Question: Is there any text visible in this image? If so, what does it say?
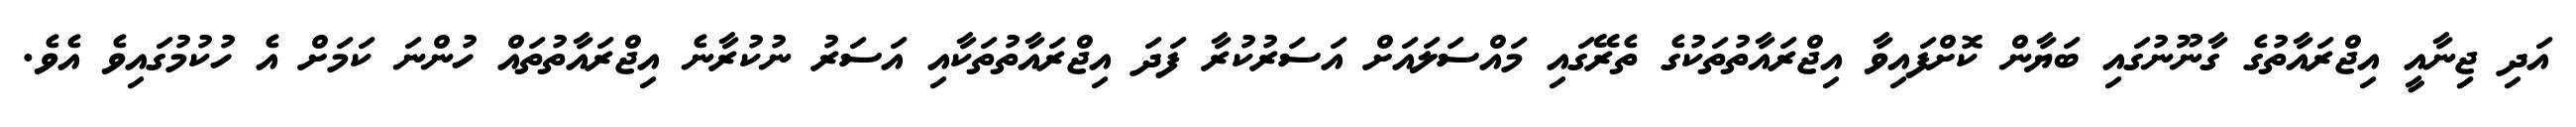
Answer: އަދި ޖިިނާއީ އިޖްރައާތުގެ ގާނޫނުގައި ބަޔާން ކޮށްފައިވާ އިޖްރައާތުތަކުގެ ތެރޭގައި މައްސަލައަށް އަސަރުކުރާ ފަދަ އިޖްރައާތުތަކާއި އަސަރު ނުކުރާނެ އިޖްރައާތުތައް ހުންނަ ކަމަށް އެ ހުކުމުގައިވެ އެވެ.